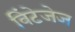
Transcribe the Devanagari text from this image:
विंटेजेज